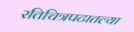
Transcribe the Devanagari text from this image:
रतिचित्रपटातल्या